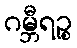
ဂမ္ဘီရဉ္စ